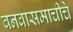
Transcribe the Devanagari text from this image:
वनवासमाचीचे